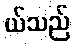
ယ်သည်